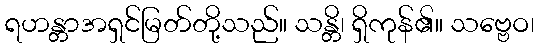
ရဟန္တာအရှင်မြတ်တို့သည်။ သန္တိ၊ ရှိကုန်၏။ သဗ္ဗေဝ၊